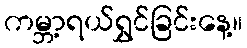
ကမ္ဘာ့ရယ်ရွှင်ခြင်းနေ့။